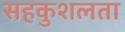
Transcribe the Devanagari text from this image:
सहकुशलता